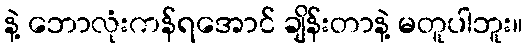
နဲ့ ဘောလုံးကန်ရအောင် ချိန်းတာနဲ့ မတူပါဘူး။